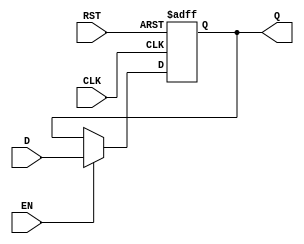
module pipeline_buffer #(parameter WIDTH = 8) (
    input wire [WIDTH-1:0] D,    // Data Input
    input wire CLK,               // Clock
    input wire EN,                // Enable
    input wire RST,               // Asynchronous Reset
    output reg [WIDTH-1:0] Q      // Data Output
);

    // Asynchronous Reset
    always @(posedge CLK or posedge RST) begin
        if (RST) begin
            Q <= 0;                 // Clear the buffer
        end else if (EN) begin
            Q <= D;                 // Capture input data on enable
        end
    end

endmodule